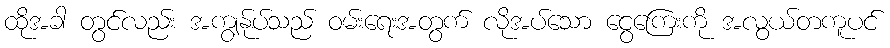
ထိုအခါ တွင်လည်း အကျွန်ုပ်သည် ဝမ်းရေးအတွက် လိုအပ်သော ငွေကြေးကို အလွယ်တကူပင်